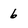
Character: 6